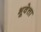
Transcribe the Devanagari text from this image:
भूवेत्ता